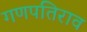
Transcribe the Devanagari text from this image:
गणपतिराव